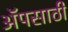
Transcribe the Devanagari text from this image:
अॅपसाठी